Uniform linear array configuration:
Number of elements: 32
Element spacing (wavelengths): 0.25
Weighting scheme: kaiser
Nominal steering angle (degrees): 15
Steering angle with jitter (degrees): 13.223
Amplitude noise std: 0.05
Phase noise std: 0.05

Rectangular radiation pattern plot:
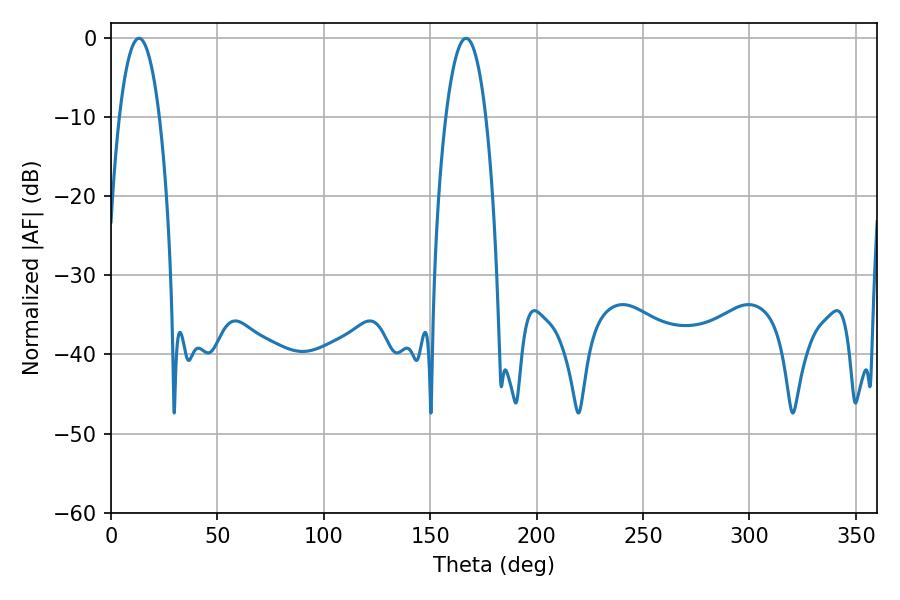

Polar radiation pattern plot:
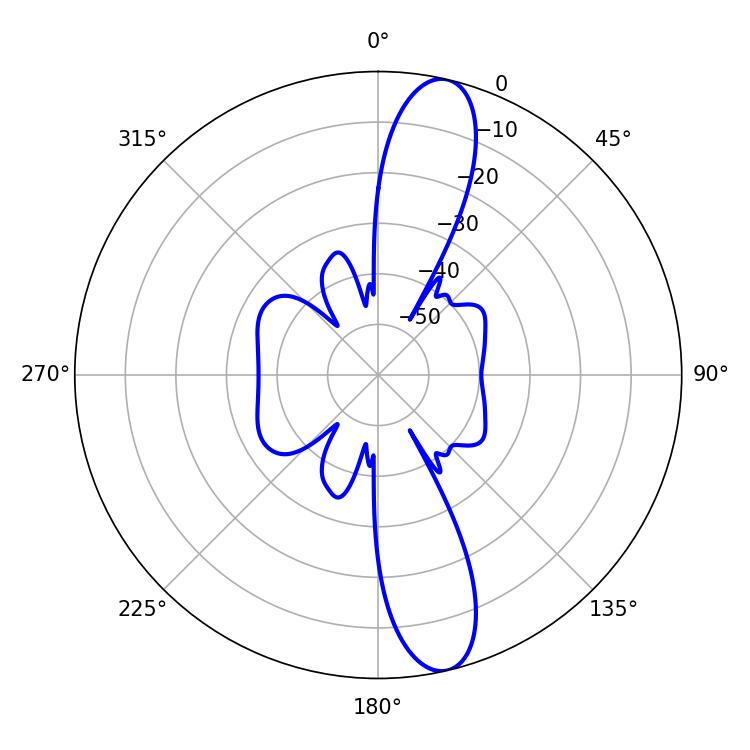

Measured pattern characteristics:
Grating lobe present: FALSE
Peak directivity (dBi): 13.529
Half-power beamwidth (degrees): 10.44
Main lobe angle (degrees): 13.14